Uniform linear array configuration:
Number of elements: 48
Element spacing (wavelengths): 1
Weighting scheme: cosine
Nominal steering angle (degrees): -30
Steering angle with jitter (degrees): -28.025
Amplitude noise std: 0.05
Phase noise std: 0.05

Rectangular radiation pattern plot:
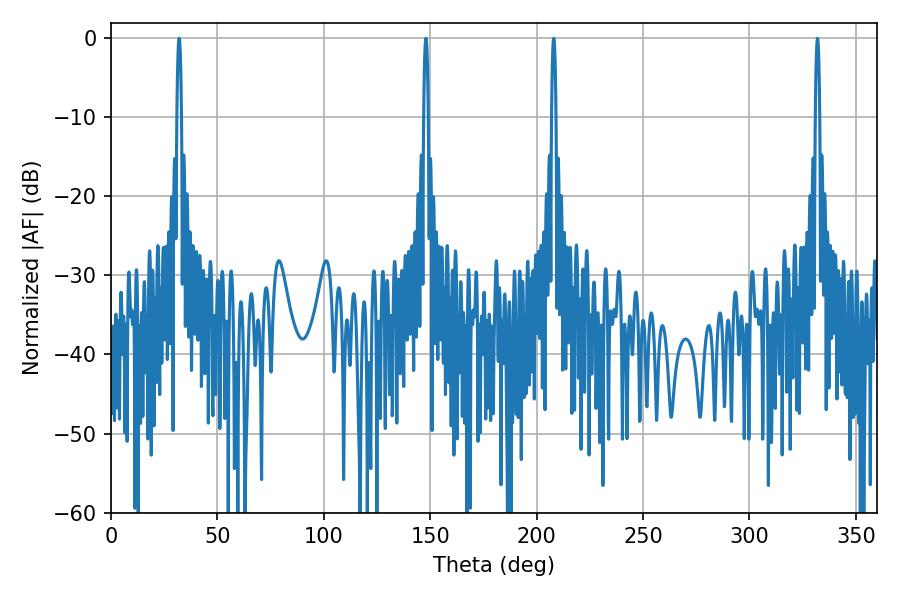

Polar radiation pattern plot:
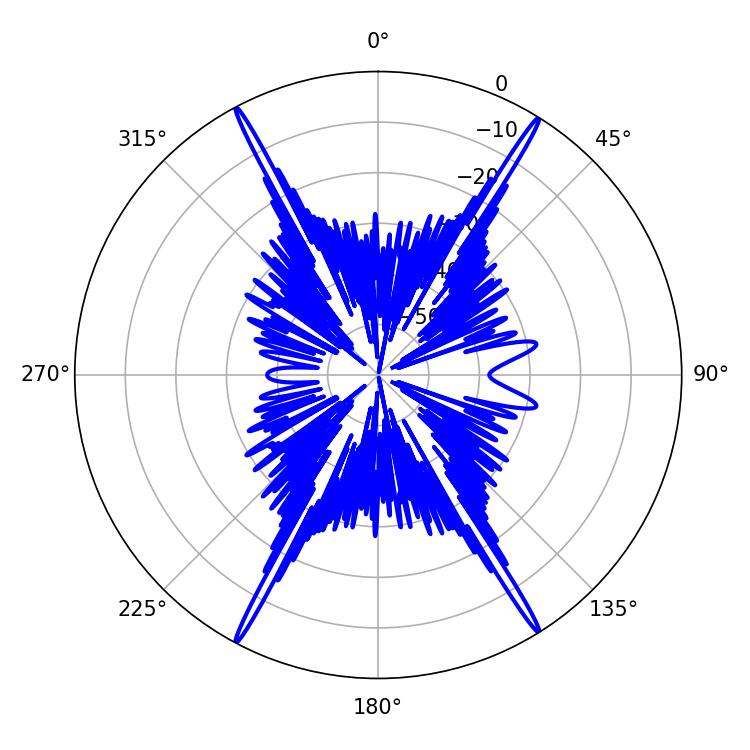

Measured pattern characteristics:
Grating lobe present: TRUE
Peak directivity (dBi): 26.842
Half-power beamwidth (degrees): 1.08
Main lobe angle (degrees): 32.04